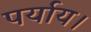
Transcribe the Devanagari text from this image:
पर्याय।